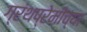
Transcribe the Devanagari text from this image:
ग्रंथप्रेमींच्या